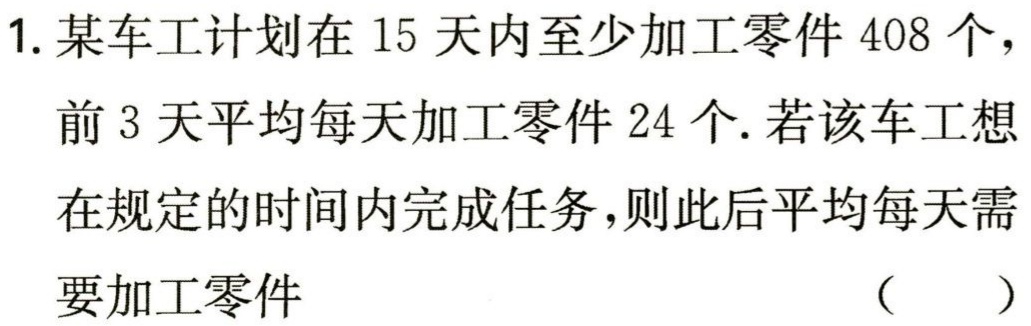
1. 某车工计划在 15 天内至少加工零件 408 个，

前 3 天平均每天加工零件 24 个. 若该车工想

在规定的时间内完成任务，则此后平均每天需

要加工零件 （  ）